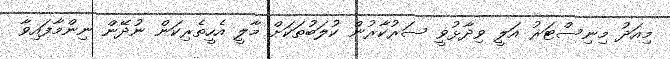
މިއަދު މިނިސްޓަރު އަލީ ވިދާޅުވީ ސަރުކާރުން ކުލަބުތަކަށް މާލީ އެހީތެރިކަން ނުދޭން ނިންމާފައިވާ